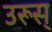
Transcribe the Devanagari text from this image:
उरूस्